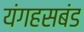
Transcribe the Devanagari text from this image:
यंगहसबंड